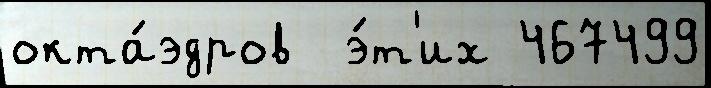
окта́эдров  э́т'их 467499